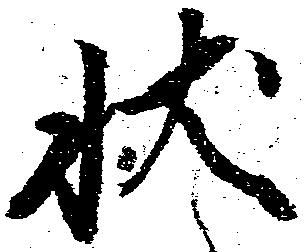
状